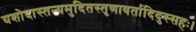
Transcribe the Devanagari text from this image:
यशोदास्तन्यमुदितस्तृणावर्तादिदुस्सहः।